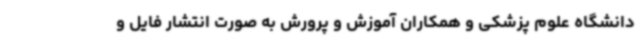
دانشگاه علوم پزشکی و همکاران آموزش و پرورش به صورت انتشار فایل و